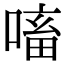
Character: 㗜